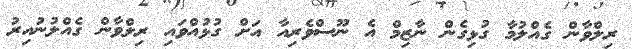
ރިލްވާން ގެއްލުމާ ގުޅިގެން ނާޒިމް އެ ނޫސްވެރިއާ އަށް ގުޅުއްވައި ރިލްވާން ގެއްލުނުއިރު